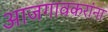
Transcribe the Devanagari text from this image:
आजगावकरांना